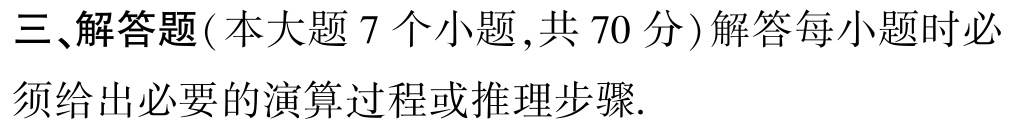
三、解答题(本大题 7 个小题,共 70 分)解答每小题时必须给出必要的演算过程或推理步骤.